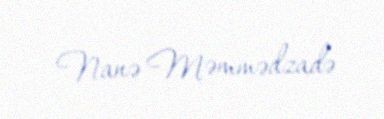
Nanə Məmmədzadə